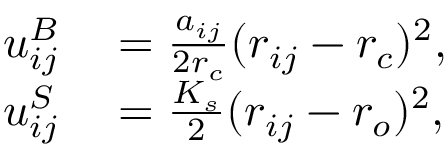
\begin{array} { r l } { u _ { i j } ^ { B } } & { { } = \frac { a _ { i j } } { 2 r _ { c } } ( r _ { i j } - r _ { c } ) ^ { 2 } , } \\ { u _ { i j } ^ { S } } & { { } = \frac { K _ { s } } { 2 } ( r _ { i j } - r _ { o } ) ^ { 2 } , } \end{array}